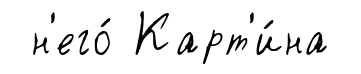
н'его́ Карт'и́на